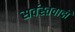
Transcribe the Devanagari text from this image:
सर्वस्तवादी